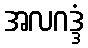
အလဂဒ္ဒံ